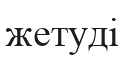
жетуді